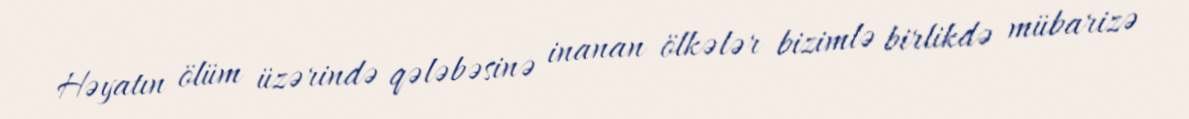
Həyatın ölüm üzərində qələbəsinə inanan ölkələr bizimlə birlikdə mübarizə